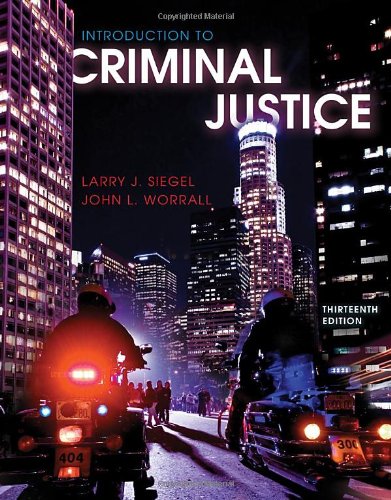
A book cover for Introduction to Criminal Justice; Larry J. Siegel; Law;